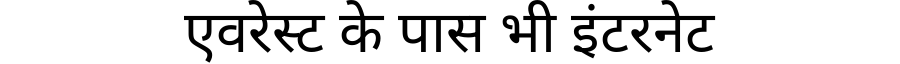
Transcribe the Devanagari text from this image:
एवरेस्ट के पास भी इंटरनेट